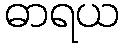
ဓာရယ